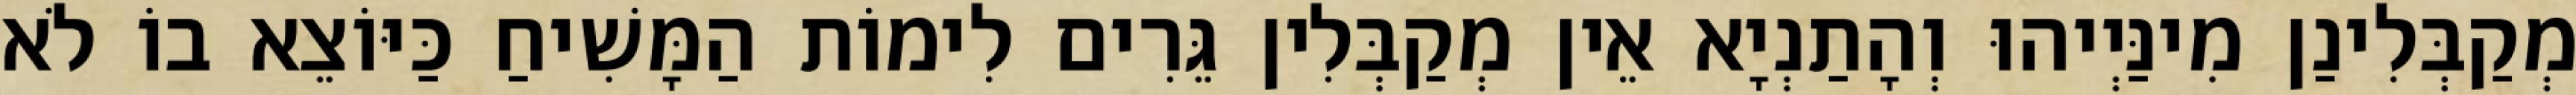
מְקַבְּלִינַן מִינַּיְיהוּ וְהָתַנְיָא אֵין מְקַבְּלִין גֵּרִים לִימוֹת הַמָּשִׁיחַ כַּיּוֹצֵא בוֹ לֹא